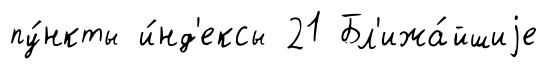
пу́нкты и́нд'ексы 21 Бл'ижа́йшиjе